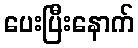
ပေးပြီးနောက်